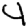
Digit: 4